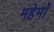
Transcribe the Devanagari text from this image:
महेमाँ